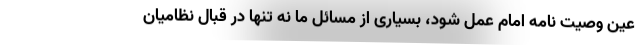
عین وصیت نامه امام عمل شود، بسیاری از مسائل ما نه تنها در قبال نظامیان